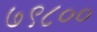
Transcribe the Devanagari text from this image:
७९८००